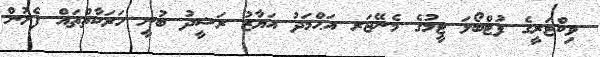
ވިކްޓަރީގެ ފުޓްބޯޅަ ޓީމުގެ މެނޭޖަރ އަޙްމަދު އަޔާޒު ރަޝީދު ބުނީ ހަރަކާތްތައް ފެށުން